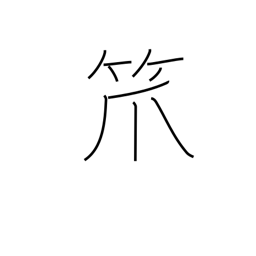
Meaning: bamboo basket